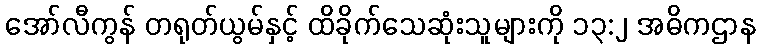
အော်လီကွန် တရုတ်ယွမ်နှင့် ထိခိုက်သေဆုံးသူများကို ၁၃:၂ အဓိကဌာန